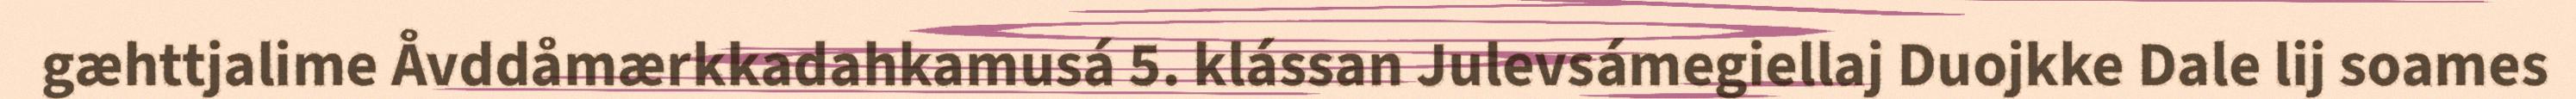
gæhttjalime Åvddåmærkkadahkamusá 5. klássan Julevsámegiellaj Duojkke Dale lij soames